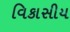
વિકાસીય